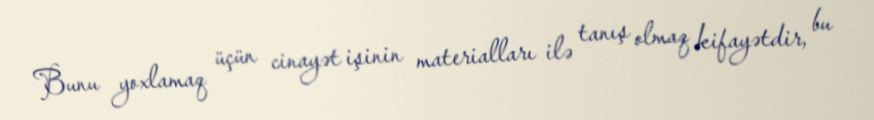
Bunu yoxlamaq üçün cinayət işinin materialları ilə tanış olmaq kifayətdir, bu